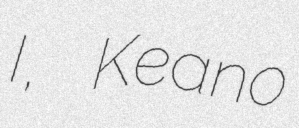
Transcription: I, Keano